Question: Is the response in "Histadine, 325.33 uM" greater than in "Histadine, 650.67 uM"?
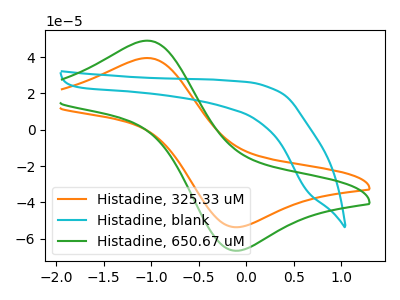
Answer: <think>The orange curve "Histadine, 325.33 uM" has an anodic peak at (-1.05V, 39.55uA) and a cathodic peak at (-0.10V, -53.65uA). The cyan curve "Histadine, blank" has no peaks. The green curve "Histadine, 650.67 uM" has an anodic peak at (-1.05V, 49.10uA) and a cathodic peak at (-0.10V, -66.60uA).
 All the peaks in "Histadine, 325.33 uM" have a peak in "Histadine, 650.67 uM" at the same potential. Every peak in "Histadine, 325.33 uM" is lower than every peak in "Histadine, 650.67 uM".</think>
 <answer>"Histadine, 325.33 uM" has less signal than "Histadine, 650.67 uM".</answer>
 <eval>less_signal</eval>